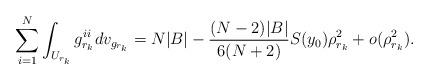
LaTeX: \begin{align*} \sum_{i=1}^N \int_{U_{r_k}} g_{r_k}^{ii} dv_{g_{r_k}} =N|B| - \frac{(N-2)|B|}{6(N+2)}S(y_0) \rho_{r_k}^2 + o(\rho_{r_k}^2).\end{align*}